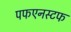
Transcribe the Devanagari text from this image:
पफएनस्टफ